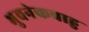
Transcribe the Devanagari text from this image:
भुवनेकबाहु